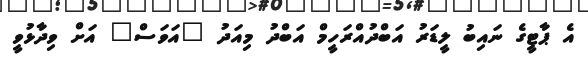
އެ ޕާޓީގެ ނައިބު ލީޑަރު އަބްދުއްރަހީމް އަބްދު މިއަދު "އަވަސް" އަށް ވިދާޅުވީ